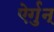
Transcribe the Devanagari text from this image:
ऐर्गुन्